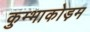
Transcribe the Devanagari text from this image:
कुम्भाकोड़म